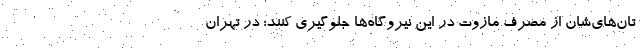
تا‌ن‌های‌شان از مصرف مازوت در این نیروگاه‌‌ها جلوگیری کنند؛ در تهران